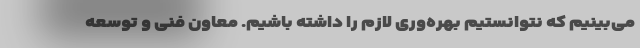
می‌بینیم که نتوانستیم بهره‌وری لازم را داشته باشیم. معاون فنی و توسعه